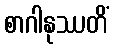
စာဂါနုဿတိံ